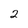
Character: 2